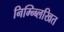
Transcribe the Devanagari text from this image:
निम्न्ब्लिखित